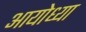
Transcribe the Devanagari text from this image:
अायोध्या